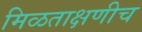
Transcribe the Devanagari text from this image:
मिळताक्षणीच